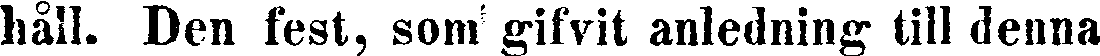
håll. Den fest, som gifvit anledning till denna